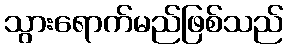
သွားရောက်မည်ဖြစ်သည်